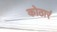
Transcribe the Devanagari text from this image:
कोठारं